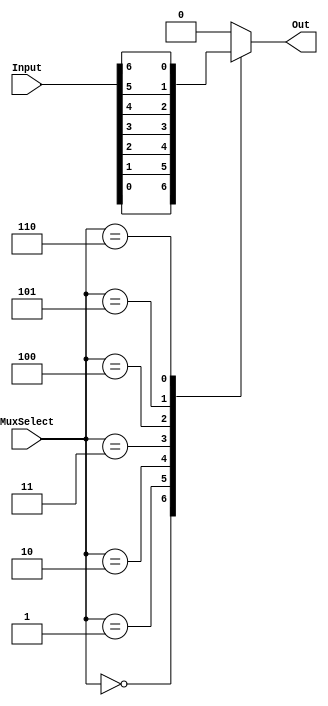

module part1( MuxSelect, Input, Out);
	
	input [2:0]MuxSelect;
	input [6:0]Input;
	output Out;
	
	reg Out; // declare the output signal for the always block
	always @(*) // declare always block
	begin
		case (MuxSelect[2:0]) // start case statement
			3'b000: Out = Input[0]; // case 0
			3'b001: Out = Input[1]; // case 1
			3'b010: Out = Input[2]; // case 2
			3'b011: Out = Input[3]; // case 3
			3'b100: Out = Input[4]; // case 4
			3'b101: Out = Input[5]; // case 5
			3'b110: Out = Input[6]; // case 6
			default: Out = 0; // default case
		endcase
	end
endmodule